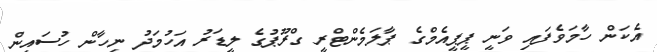
އެކަން ހާމަވެފައި ވަނީ ޕީޕީއެމްގެ ޕާލަމެންޓްރީ ގްރޫޕުގެ ލީޑަރު އަހުމަދު ނިހާން ހުސައިން